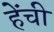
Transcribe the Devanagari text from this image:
हेंची